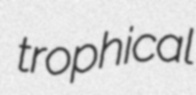
trophical